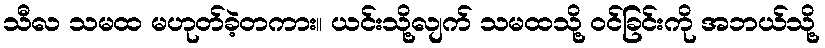
သီလ သမထ မဟုတ်ခဲ့တကား။ ယင်းသို့လျက် သမထသို့ ဝင်ခြင်းကို အဘယ်သို့